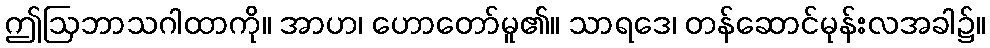
ဤဩဘာသဂါထာကို။ အာဟ၊ ဟောတော်မူ၏။ သာရဒေ၊ တန်ဆောင်မုန်းလအခါ၌။